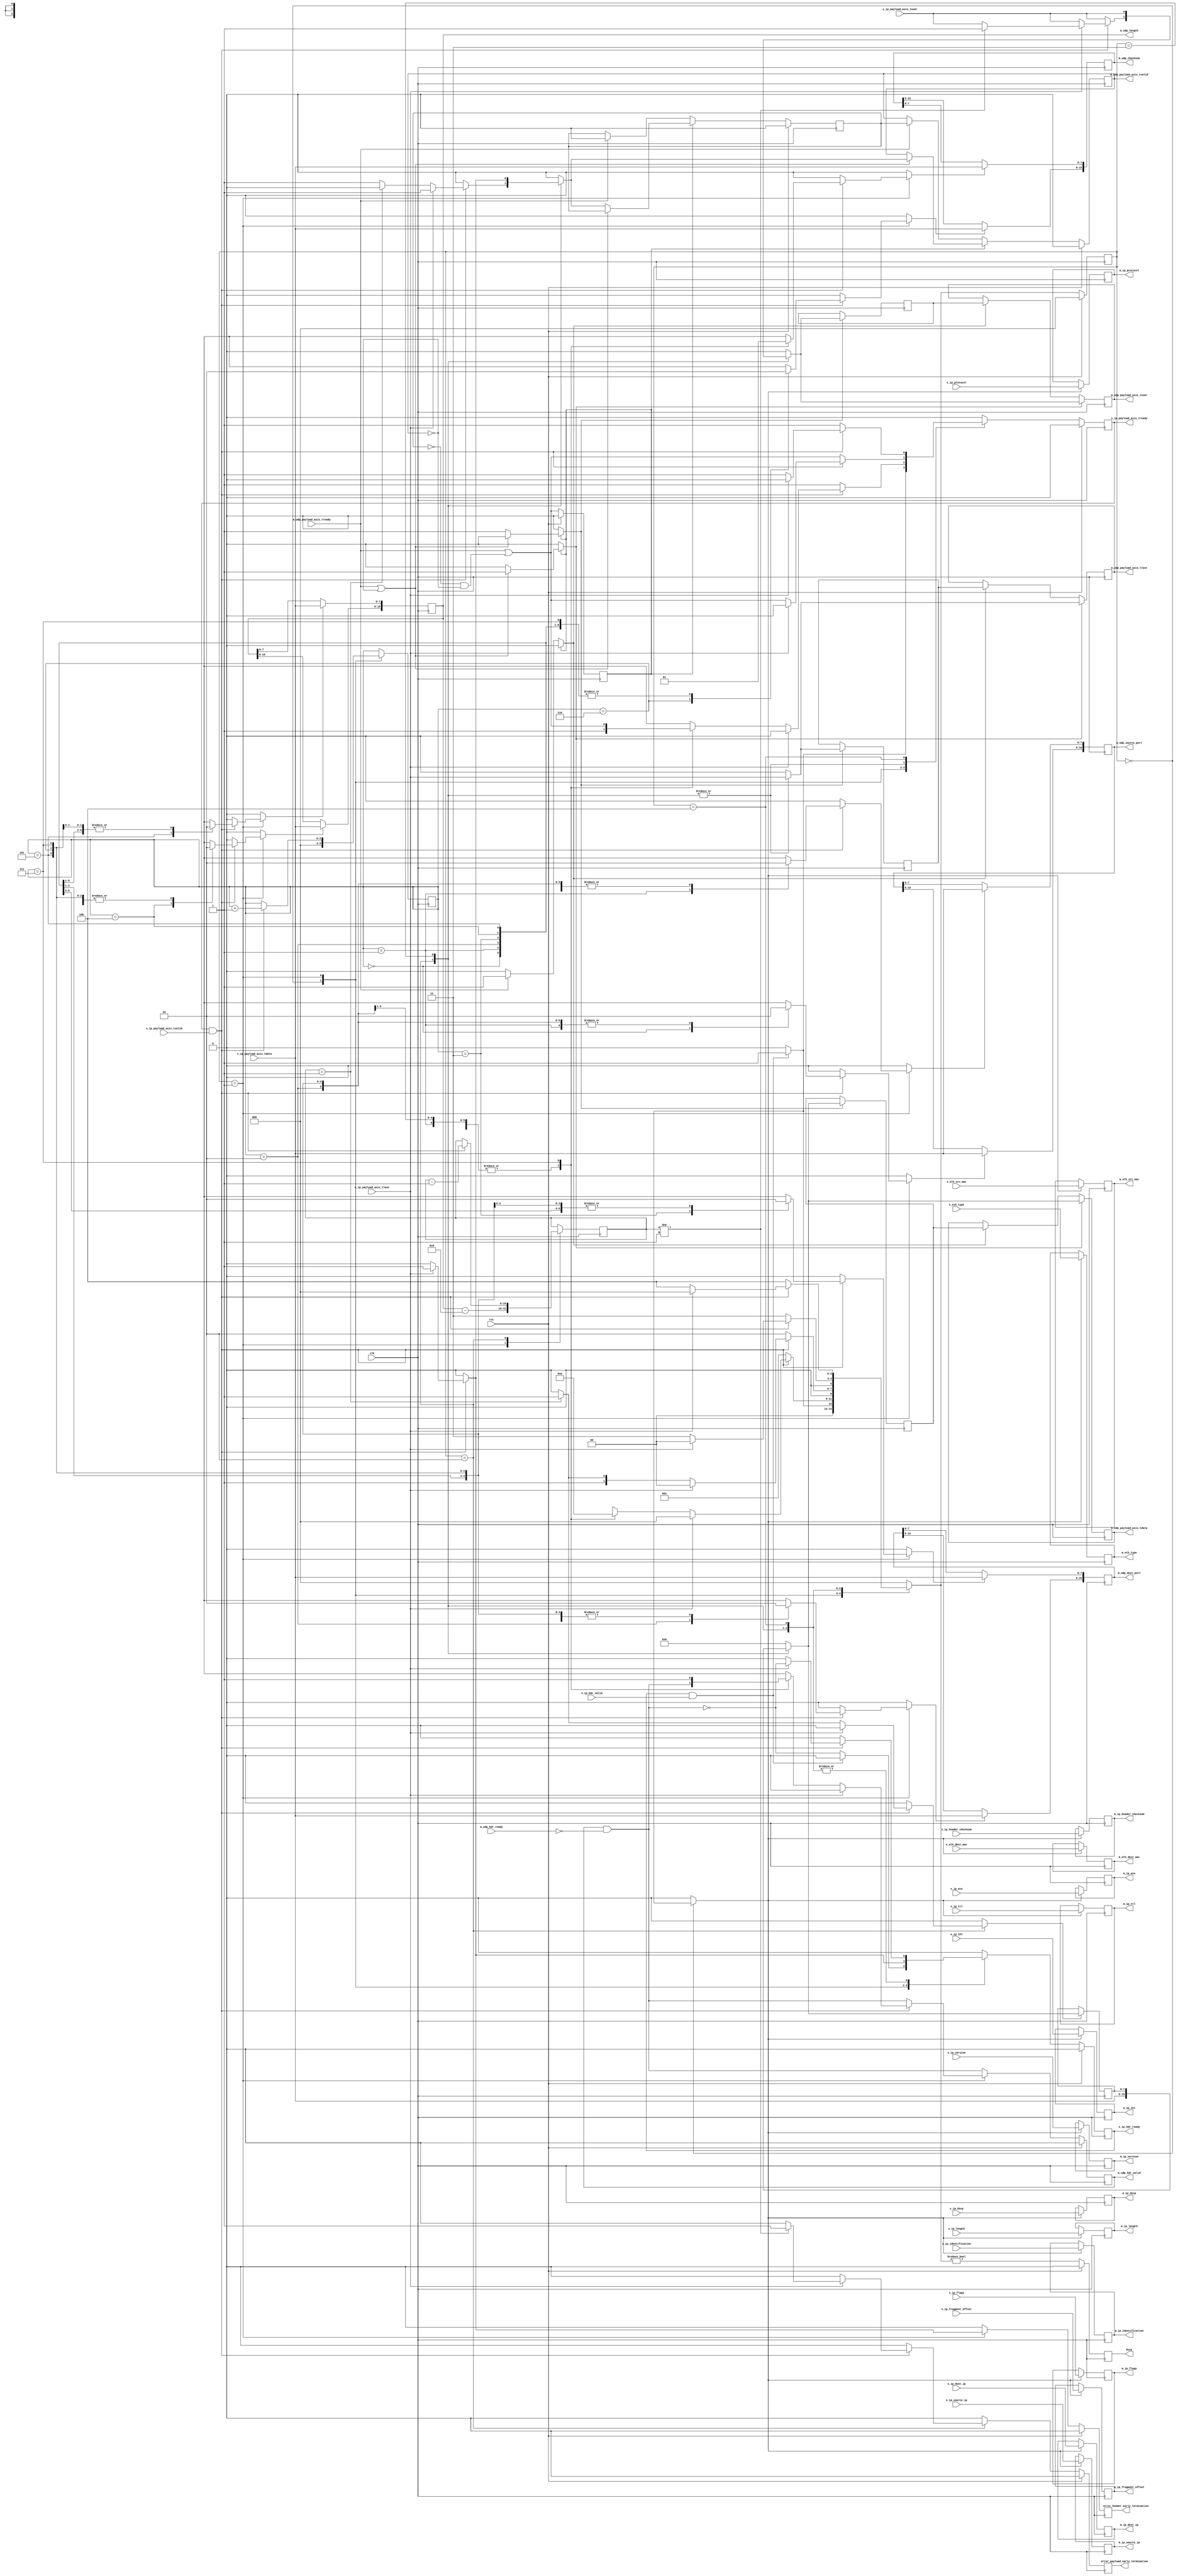
/*

Copyright (c) 2014-2018 Alex Forencich

Permission is hereby granted, free of charge, to any person obtaining a copy
of this software and associated documentation files (the "Software"), to deal
in the Software without restriction, including without limitation the rights
to use, copy, modify, merge, publish, distribute, sublicense, and/or sell
copies of the Software, and to permit persons to whom the Software is
furnished to do so, subject to the following conditions:

The above copyright notice and this permission notice shall be included in
all copies or substantial portions of the Software.

THE SOFTWARE IS PROVIDED "AS IS", WITHOUT WARRANTY OF ANY KIND, EXPRESS OR
IMPLIED, INCLUDING BUT NOT LIMITED TO THE WARRANTIES OF MERCHANTABILITY
FITNESS FOR A PARTICULAR PURPOSE AND NONINFRINGEMENT. IN NO EVENT SHALL THE
AUTHORS OR COPYRIGHT HOLDERS BE LIABLE FOR ANY CLAIM, DAMAGES OR OTHER
LIABILITY, WHETHER IN AN ACTION OF CONTRACT, TORT OR OTHERWISE, ARISING FROM,
OUT OF OR IN CONNECTION WITH THE SOFTWARE OR THE USE OR OTHER DEALINGS IN
THE SOFTWARE.

*/

// Language: Verilog 2001

`resetall
`timescale 1ns / 1ps
`default_nettype none

/*
 * UDP ethernet frame receiver (IP frame in, UDP frame out)
 */
module udp_ip_rx
(
    input  wire        clk,
    input  wire        rst,

    /*
     * IP frame input
     */
    input  wire        s_ip_hdr_valid,
    output wire        s_ip_hdr_ready,
    input  wire [47:0] s_eth_dest_mac,
    input  wire [47:0] s_eth_src_mac,
    input  wire [15:0] s_eth_type,
    input  wire [3:0]  s_ip_version,
    input  wire [3:0]  s_ip_ihl,
    input  wire [5:0]  s_ip_dscp,
    input  wire [1:0]  s_ip_ecn,
    input  wire [15:0] s_ip_length,
    input  wire [15:0] s_ip_identification,
    input  wire [2:0]  s_ip_flags,
    input  wire [12:0] s_ip_fragment_offset,
    input  wire [7:0]  s_ip_ttl,
    input  wire [7:0]  s_ip_protocol,
    input  wire [15:0] s_ip_header_checksum,
    input  wire [31:0] s_ip_source_ip,
    input  wire [31:0] s_ip_dest_ip,
    input  wire [7:0]  s_ip_payload_axis_tdata,
    input  wire        s_ip_payload_axis_tvalid,
    output wire        s_ip_payload_axis_tready,
    input  wire        s_ip_payload_axis_tlast,
    input  wire        s_ip_payload_axis_tuser,

    /*
     * UDP frame output
     */
    output wire        m_udp_hdr_valid,
    input  wire        m_udp_hdr_ready,
    output wire [47:0] m_eth_dest_mac,
    output wire [47:0] m_eth_src_mac,
    output wire [15:0] m_eth_type,
    output wire [3:0]  m_ip_version,
    output wire [3:0]  m_ip_ihl,
    output wire [5:0]  m_ip_dscp,
    output wire [1:0]  m_ip_ecn,
    output wire [15:0] m_ip_length,
    output wire [15:0] m_ip_identification,
    output wire [2:0]  m_ip_flags,
    output wire [12:0] m_ip_fragment_offset,
    output wire [7:0]  m_ip_ttl,
    output wire [7:0]  m_ip_protocol,
    output wire [15:0] m_ip_header_checksum,
    output wire [31:0] m_ip_source_ip,
    output wire [31:0] m_ip_dest_ip,
    output wire [15:0] m_udp_source_port,
    output wire [15:0] m_udp_dest_port,
    output wire [15:0] m_udp_length,
    output wire [15:0] m_udp_checksum,
    output wire [7:0]  m_udp_payload_axis_tdata,
    output wire        m_udp_payload_axis_tvalid,
    input  wire        m_udp_payload_axis_tready,
    output wire        m_udp_payload_axis_tlast,
    output wire        m_udp_payload_axis_tuser,

    /*
     * Status signals
     */
    output wire        busy,
    output wire        error_header_early_termination,
    output wire        error_payload_early_termination
);

/*

UDP Frame

 Field                       Length
 Destination MAC address     6 octets
 Source MAC address          6 octets
 Ethertype (0x0800)          2 octets
 Version (4)                 4 bits
 IHL (5-15)                  4 bits
 DSCP (0)                    6 bits
 ECN (0)                     2 bits
 length                      2 octets
 identification (0?)         2 octets
 flags (010)                 3 bits
 fragment offset (0)         13 bits
 time to live (64?)          1 octet
 protocol                    1 octet
 header checksum             2 octets
 source IP                   4 octets
 destination IP              4 octets
 options                     (IHL-5)*4 octets

 source port                 2 octets
 desination port             2 octets
 length                      2 octets
 checksum                    2 octets

 payload                     length octets

This module receives an IP frame with header fields in parallel and payload on
an AXI stream interface, decodes and strips the UDP header fields, then
produces the header fields in parallel along with the UDP payload in a
separate AXI stream.

*/

localparam [2:0]
    STATE_IDLE = 3'd0,
    STATE_READ_HEADER = 3'd1,
    STATE_READ_PAYLOAD = 3'd2,
    STATE_READ_PAYLOAD_LAST = 3'd3,
    STATE_WAIT_LAST = 3'd4;

reg [2:0] state_reg = STATE_IDLE, state_next;

// datapath control signals
reg store_ip_hdr;
reg store_udp_source_port_0;
reg store_udp_source_port_1;
reg store_udp_dest_port_0;
reg store_udp_dest_port_1;
reg store_udp_length_0;
reg store_udp_length_1;
reg store_udp_checksum_0;
reg store_udp_checksum_1;
reg store_last_word;

reg [2:0] hdr_ptr_reg = 3'd0, hdr_ptr_next;
reg [15:0] word_count_reg = 16'd0, word_count_next;

reg [7:0] last_word_data_reg = 8'd0;

reg m_udp_hdr_valid_reg = 1'b0, m_udp_hdr_valid_next;
reg [47:0] m_eth_dest_mac_reg = 48'd0;
reg [47:0] m_eth_src_mac_reg = 48'd0;
reg [15:0] m_eth_type_reg = 16'd0;
reg [3:0] m_ip_version_reg = 4'd0;
reg [3:0] m_ip_ihl_reg = 4'd0;
reg [5:0] m_ip_dscp_reg = 6'd0;
reg [1:0] m_ip_ecn_reg = 2'd0;
reg [15:0] m_ip_length_reg = 16'd0;
reg [15:0] m_ip_identification_reg = 16'd0;
reg [2:0] m_ip_flags_reg = 3'd0;
reg [12:0] m_ip_fragment_offset_reg = 13'd0;
reg [7:0] m_ip_ttl_reg = 8'd0;
reg [7:0] m_ip_protocol_reg = 8'd0;
reg [15:0] m_ip_header_checksum_reg = 16'd0;
reg [31:0] m_ip_source_ip_reg = 32'd0;
reg [31:0] m_ip_dest_ip_reg = 32'd0;
reg [15:0] m_udp_source_port_reg = 16'd0;
reg [15:0] m_udp_dest_port_reg = 16'd0;
reg [15:0] m_udp_length_reg = 16'd0;
reg [15:0] m_udp_checksum_reg = 16'd0;

reg s_ip_hdr_ready_reg = 1'b0, s_ip_hdr_ready_next;
reg s_ip_payload_axis_tready_reg = 1'b0, s_ip_payload_axis_tready_next;

reg busy_reg = 1'b0;
reg error_header_early_termination_reg = 1'b0, error_header_early_termination_next;
reg error_payload_early_termination_reg = 1'b0, error_payload_early_termination_next;

// internal datapath
reg [7:0] m_udp_payload_axis_tdata_int;
reg       m_udp_payload_axis_tvalid_int;
reg       m_udp_payload_axis_tready_int_reg = 1'b0;
reg       m_udp_payload_axis_tlast_int;
reg       m_udp_payload_axis_tuser_int;
wire      m_udp_payload_axis_tready_int_early;

assign s_ip_hdr_ready = s_ip_hdr_ready_reg;
assign s_ip_payload_axis_tready = s_ip_payload_axis_tready_reg;

assign m_udp_hdr_valid = m_udp_hdr_valid_reg;
assign m_eth_dest_mac = m_eth_dest_mac_reg;
assign m_eth_src_mac = m_eth_src_mac_reg;
assign m_eth_type = m_eth_type_reg;
assign m_ip_version = m_ip_version_reg;
assign m_ip_ihl = m_ip_ihl_reg;
assign m_ip_dscp = m_ip_dscp_reg;
assign m_ip_ecn = m_ip_ecn_reg;
assign m_ip_length = m_ip_length_reg;
assign m_ip_identification = m_ip_identification_reg;
assign m_ip_flags = m_ip_flags_reg;
assign m_ip_fragment_offset = m_ip_fragment_offset_reg;
assign m_ip_ttl = m_ip_ttl_reg;
assign m_ip_protocol = m_ip_protocol_reg;
assign m_ip_header_checksum = m_ip_header_checksum_reg;
assign m_ip_source_ip = m_ip_source_ip_reg;
assign m_ip_dest_ip = m_ip_dest_ip_reg;
assign m_udp_source_port = m_udp_source_port_reg;
assign m_udp_dest_port = m_udp_dest_port_reg;
assign m_udp_length = m_udp_length_reg;
assign m_udp_checksum = m_udp_checksum_reg;

assign busy = busy_reg;
assign error_header_early_termination = error_header_early_termination_reg;
assign error_payload_early_termination = error_payload_early_termination_reg;

always @* begin
    state_next = STATE_IDLE;

    s_ip_hdr_ready_next = 1'b0;
    s_ip_payload_axis_tready_next = 1'b0;

    store_ip_hdr = 1'b0;
    store_udp_source_port_0 = 1'b0;
    store_udp_source_port_1 = 1'b0;
    store_udp_dest_port_0 = 1'b0;
    store_udp_dest_port_1 = 1'b0;
    store_udp_length_0 = 1'b0;
    store_udp_length_1 = 1'b0;
    store_udp_checksum_0 = 1'b0;
    store_udp_checksum_1 = 1'b0;

    store_last_word = 1'b0;

    hdr_ptr_next = hdr_ptr_reg;
    word_count_next = word_count_reg;

    m_udp_hdr_valid_next = m_udp_hdr_valid_reg && !m_udp_hdr_ready;

    error_header_early_termination_next = 1'b0;
    error_payload_early_termination_next = 1'b0;

    m_udp_payload_axis_tdata_int = 8'd0;
    m_udp_payload_axis_tvalid_int = 1'b0;
    m_udp_payload_axis_tlast_int = 1'b0;
    m_udp_payload_axis_tuser_int = 1'b0;

    case (state_reg)
        STATE_IDLE: begin
            // idle state - wait for header
            hdr_ptr_next = 3'd0;
            s_ip_hdr_ready_next = !m_udp_hdr_valid_next;

            if (s_ip_hdr_ready && s_ip_hdr_valid) begin
                s_ip_hdr_ready_next = 1'b0;
                s_ip_payload_axis_tready_next = 1'b1;
                store_ip_hdr = 1'b1;
                state_next = STATE_READ_HEADER;
            end else begin
                state_next = STATE_IDLE;
            end
        end
        STATE_READ_HEADER: begin
            // read header state
            s_ip_payload_axis_tready_next = 1'b1;
            word_count_next = m_udp_length_reg - 16'd8;

            if (s_ip_payload_axis_tready && s_ip_payload_axis_tvalid) begin
                // word transfer in - store it
                hdr_ptr_next = hdr_ptr_reg + 3'd1;
                state_next = STATE_READ_HEADER;

                case (hdr_ptr_reg)
                    3'h0: store_udp_source_port_1 = 1'b1;
                    3'h1: store_udp_source_port_0 = 1'b1;
                    3'h2: store_udp_dest_port_1 = 1'b1;
                    3'h3: store_udp_dest_port_0 = 1'b1;
                    3'h4: store_udp_length_1 = 1'b1;
                    3'h5: store_udp_length_0 = 1'b1;
                    3'h6: store_udp_checksum_1 = 1'b1;
                    3'h7: begin
                        store_udp_checksum_0 = 1'b1;
                        m_udp_hdr_valid_next = 1'b1;
                        s_ip_payload_axis_tready_next = m_udp_payload_axis_tready_int_early;
                        state_next = STATE_READ_PAYLOAD;
                    end
                endcase

                if (s_ip_payload_axis_tlast) begin
                    error_header_early_termination_next = 1'b1;
                    m_udp_hdr_valid_next = 1'b0;
                    s_ip_hdr_ready_next = !m_udp_hdr_valid_next;
                    s_ip_payload_axis_tready_next = 1'b0;
                    state_next = STATE_IDLE;
                end

            end else begin
                state_next = STATE_READ_HEADER;
            end
        end
        STATE_READ_PAYLOAD: begin
            // read payload
            s_ip_payload_axis_tready_next = m_udp_payload_axis_tready_int_early;

            m_udp_payload_axis_tdata_int = s_ip_payload_axis_tdata;
            m_udp_payload_axis_tlast_int = s_ip_payload_axis_tlast;
            m_udp_payload_axis_tuser_int = s_ip_payload_axis_tuser;

            if (s_ip_payload_axis_tready && s_ip_payload_axis_tvalid) begin
                // word transfer through
                word_count_next = word_count_reg - 16'd1;
                m_udp_payload_axis_tvalid_int = 1'b1;
                if (s_ip_payload_axis_tlast) begin
                    if (word_count_reg != 16'd1) begin
                        // end of frame, but length does not match
                        m_udp_payload_axis_tuser_int = 1'b1;
                        error_payload_early_termination_next = 1'b1;
                    end
                    s_ip_hdr_ready_next = !m_udp_hdr_valid_next;
                    s_ip_payload_axis_tready_next = 1'b0;
                    state_next = STATE_IDLE;
                end else begin
                    if (word_count_reg == 16'd1) begin
                        store_last_word = 1'b1;
                        m_udp_payload_axis_tvalid_int = 1'b0;
                        state_next = STATE_READ_PAYLOAD_LAST;
                    end else begin
                        state_next = STATE_READ_PAYLOAD;
                    end
                end
            end else begin
                state_next = STATE_READ_PAYLOAD;
            end
        end
        STATE_READ_PAYLOAD_LAST: begin
            // read and discard until end of frame
            s_ip_payload_axis_tready_next = m_udp_payload_axis_tready_int_early;

            m_udp_payload_axis_tdata_int = last_word_data_reg;
            m_udp_payload_axis_tlast_int = s_ip_payload_axis_tlast;
            m_udp_payload_axis_tuser_int = s_ip_payload_axis_tuser;

            if (s_ip_payload_axis_tready && s_ip_payload_axis_tvalid) begin
                if (s_ip_payload_axis_tlast) begin
                    s_ip_hdr_ready_next = !m_udp_hdr_valid_next;
                    s_ip_payload_axis_tready_next = 1'b0;
                    m_udp_payload_axis_tvalid_int = 1'b1;
                    state_next = STATE_IDLE;
                end else begin
                    state_next = STATE_READ_PAYLOAD_LAST;
                end
            end else begin
                state_next = STATE_READ_PAYLOAD_LAST;
            end
        end
        STATE_WAIT_LAST: begin
            // wait for end of frame; read and discard
            s_ip_payload_axis_tready_next = 1'b1;

            if (s_ip_payload_axis_tready && s_ip_payload_axis_tvalid) begin
                if (s_ip_payload_axis_tlast) begin
                    s_ip_hdr_ready_next = !m_udp_hdr_valid_next;
                    s_ip_payload_axis_tready_next = 1'b0;
                    state_next = STATE_IDLE;
                end else begin
                    state_next = STATE_WAIT_LAST;
                end
            end else begin
                state_next = STATE_WAIT_LAST;
            end
        end
    endcase
end

always @(posedge clk) begin
    if (rst) begin
        state_reg <= STATE_IDLE;
        s_ip_hdr_ready_reg <= 1'b0;
        s_ip_payload_axis_tready_reg <= 1'b0;
        m_udp_hdr_valid_reg <= 1'b0;
        busy_reg <= 1'b0;
        error_header_early_termination_reg <= 1'b0;
        error_payload_early_termination_reg <= 1'b0;
    end else begin
        state_reg <= state_next;


        s_ip_hdr_ready_reg <= s_ip_hdr_ready_next;
        s_ip_payload_axis_tready_reg <= s_ip_payload_axis_tready_next;

        m_udp_hdr_valid_reg <= m_udp_hdr_valid_next;

        error_header_early_termination_reg <= error_header_early_termination_next;
        error_payload_early_termination_reg <= error_payload_early_termination_next;

        busy_reg <= state_next != STATE_IDLE;
    end

    hdr_ptr_reg <= hdr_ptr_next;
    word_count_reg <= word_count_next;

    // datapath
    if (store_ip_hdr) begin
        m_eth_dest_mac_reg <= s_eth_dest_mac;
        m_eth_src_mac_reg <= s_eth_src_mac;
        m_eth_type_reg <= s_eth_type;
        m_ip_version_reg <= s_ip_version;
        m_ip_ihl_reg <= s_ip_ihl;
        m_ip_dscp_reg <= s_ip_dscp;
        m_ip_ecn_reg <= s_ip_ecn;
        m_ip_length_reg <= s_ip_length;
        m_ip_identification_reg <= s_ip_identification;
        m_ip_flags_reg <= s_ip_flags;
        m_ip_fragment_offset_reg <= s_ip_fragment_offset;
        m_ip_ttl_reg <= s_ip_ttl;
        m_ip_protocol_reg <= s_ip_protocol;
        m_ip_header_checksum_reg <= s_ip_header_checksum;
        m_ip_source_ip_reg <= s_ip_source_ip;
        m_ip_dest_ip_reg <= s_ip_dest_ip;
    end

    if (store_last_word) begin
        last_word_data_reg <= m_udp_payload_axis_tdata_int;
    end

    if (store_udp_source_port_0) m_udp_source_port_reg[ 7: 0] <= s_ip_payload_axis_tdata;
    if (store_udp_source_port_1) m_udp_source_port_reg[15: 8] <= s_ip_payload_axis_tdata;
    if (store_udp_dest_port_0) m_udp_dest_port_reg[ 7: 0] <= s_ip_payload_axis_tdata;
    if (store_udp_dest_port_1) m_udp_dest_port_reg[15: 8] <= s_ip_payload_axis_tdata;
    if (store_udp_length_0) m_udp_length_reg[ 7: 0] <= s_ip_payload_axis_tdata;
    if (store_udp_length_1) m_udp_length_reg[15: 8] <= s_ip_payload_axis_tdata;
    if (store_udp_checksum_0) m_udp_checksum_reg[ 7: 0] <= s_ip_payload_axis_tdata;
    if (store_udp_checksum_1) m_udp_checksum_reg[15: 8] <= s_ip_payload_axis_tdata;
end

// output datapath logic
reg [7:0] m_udp_payload_axis_tdata_reg = 8'd0;
reg       m_udp_payload_axis_tvalid_reg = 1'b0, m_udp_payload_axis_tvalid_next;
reg       m_udp_payload_axis_tlast_reg = 1'b0;
reg       m_udp_payload_axis_tuser_reg = 1'b0;

reg [7:0] temp_m_udp_payload_axis_tdata_reg = 8'd0;
reg       temp_m_udp_payload_axis_tvalid_reg = 1'b0, temp_m_udp_payload_axis_tvalid_next;
reg       temp_m_udp_payload_axis_tlast_reg = 1'b0;
reg       temp_m_udp_payload_axis_tuser_reg = 1'b0;

// datapath control
reg store_udp_payload_int_to_output;
reg store_udp_payload_int_to_temp;
reg store_udp_payload_axis_temp_to_output;

assign m_udp_payload_axis_tdata = m_udp_payload_axis_tdata_reg;
assign m_udp_payload_axis_tvalid = m_udp_payload_axis_tvalid_reg;
assign m_udp_payload_axis_tlast = m_udp_payload_axis_tlast_reg;
assign m_udp_payload_axis_tuser = m_udp_payload_axis_tuser_reg;

// enable ready input next cycle if output is ready or if both output registers are empty
assign m_udp_payload_axis_tready_int_early = m_udp_payload_axis_tready || (!temp_m_udp_payload_axis_tvalid_reg && !m_udp_payload_axis_tvalid_reg);

always @* begin
    // transfer sink ready state to source
    m_udp_payload_axis_tvalid_next = m_udp_payload_axis_tvalid_reg;
    temp_m_udp_payload_axis_tvalid_next = temp_m_udp_payload_axis_tvalid_reg;

    store_udp_payload_int_to_output = 1'b0;
    store_udp_payload_int_to_temp = 1'b0;
    store_udp_payload_axis_temp_to_output = 1'b0;
    
    if (m_udp_payload_axis_tready_int_reg) begin
        // input is ready
        if (m_udp_payload_axis_tready || !m_udp_payload_axis_tvalid_reg) begin
            // output is ready or currently not valid, transfer data to output
            m_udp_payload_axis_tvalid_next = m_udp_payload_axis_tvalid_int;
            store_udp_payload_int_to_output = 1'b1;
        end else begin
            // output is not ready, store input in temp
            temp_m_udp_payload_axis_tvalid_next = m_udp_payload_axis_tvalid_int;
            store_udp_payload_int_to_temp = 1'b1;
        end
    end else if (m_udp_payload_axis_tready) begin
        // input is not ready, but output is ready
        m_udp_payload_axis_tvalid_next = temp_m_udp_payload_axis_tvalid_reg;
        temp_m_udp_payload_axis_tvalid_next = 1'b0;
        store_udp_payload_axis_temp_to_output = 1'b1;
    end
end

always @(posedge clk) begin
    m_udp_payload_axis_tvalid_reg <= m_udp_payload_axis_tvalid_next;
    m_udp_payload_axis_tready_int_reg <= m_udp_payload_axis_tready_int_early;
    temp_m_udp_payload_axis_tvalid_reg <= temp_m_udp_payload_axis_tvalid_next;

    // datapath
    if (store_udp_payload_int_to_output) begin
        m_udp_payload_axis_tdata_reg <= m_udp_payload_axis_tdata_int;
        m_udp_payload_axis_tlast_reg <= m_udp_payload_axis_tlast_int;
        m_udp_payload_axis_tuser_reg <= m_udp_payload_axis_tuser_int;
    end else if (store_udp_payload_axis_temp_to_output) begin
        m_udp_payload_axis_tdata_reg <= temp_m_udp_payload_axis_tdata_reg;
        m_udp_payload_axis_tlast_reg <= temp_m_udp_payload_axis_tlast_reg;
        m_udp_payload_axis_tuser_reg <= temp_m_udp_payload_axis_tuser_reg;
    end

    if (store_udp_payload_int_to_temp) begin
        temp_m_udp_payload_axis_tdata_reg <= m_udp_payload_axis_tdata_int;
        temp_m_udp_payload_axis_tlast_reg <= m_udp_payload_axis_tlast_int;
        temp_m_udp_payload_axis_tuser_reg <= m_udp_payload_axis_tuser_int;
    end

    if (rst) begin
        m_udp_payload_axis_tvalid_reg <= 1'b0;
        m_udp_payload_axis_tready_int_reg <= 1'b0;
        temp_m_udp_payload_axis_tvalid_reg <= 1'b0;
    end
end

endmodule

`resetall